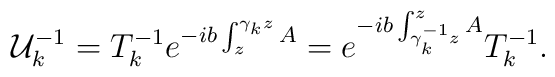
{\cal U}_k^{-1}=T_k^{-1}e^{-ib\int_z^{\gamma_kz}A}=e^{-ib\int_{\gamma_k^{-1}z}^zA}T_k^{-1}.